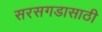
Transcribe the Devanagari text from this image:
सरसगडासाठी